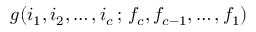
g ( i _ { 1 } , i _ { 2 } , \ldots , i _ { c } \, ; \, f _ { c } , f _ { c - 1 } , \ldots , f _ { 1 } )